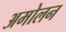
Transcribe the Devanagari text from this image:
अमोलन